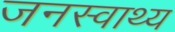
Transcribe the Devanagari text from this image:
जनस्वाथ्य